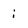
Character: i